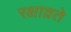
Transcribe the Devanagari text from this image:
रक्षाव्रते